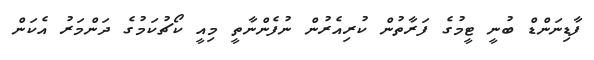
ފާޑިނަންޑް ބުނީ ޓީމުގެ ފަރާތުން ކުރިއެރުން ނުފެންނާތީ މިއީ ކޯޗުކަމުގެ ދަންމަރު އެކަން